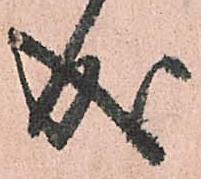
成